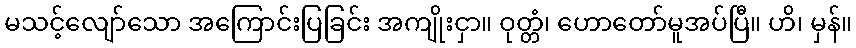
မသင့်လျော်သော အကြောင်းပြခြင်း အကျိုးငှာ။ ဝုတ္တံ၊ ဟောတော်မူအပ်ပြီ။ ဟိ၊ မှန်။